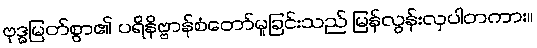
ဗုဒ္ဓမြတ်စွာ၏ ပရိနိဗ္ဗာန်စံတော်မူခြင်းသည် မြန်လွန်းလှပါတကား။